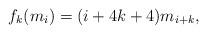
LaTeX: \begin{align*}f_k(m_i)=(i+4k+4)m_{i+k},\end{align*}